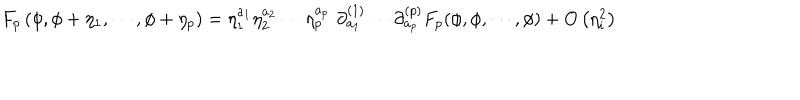
F _ { p } \left( \phi , \phi + \eta _ { 1 } , \cdots , \phi + \eta _ { p } \right) = \eta _ { 1 } ^ { a _ { 1 } } \eta _ { 2 } ^ { a _ { 2 } } \cdots \eta _ { p } ^ { a _ { p } } \, \, \partial _ { a _ { 1 } } ^ { ( 1 ) } \cdots \partial _ { a _ { p } } ^ { ( p ) } F _ { p } ( \phi , \phi , \cdots , \phi ) + O \left( \eta _ { i } ^ { 2 } \right)